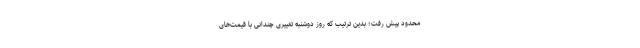
محدود پیش رفت؛ بدین ترتیب که روز دوشنبه تغییری چندانی با قیمت‌های